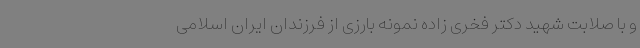
و با صلابت شهید دکتر فخری زاده نمونه بارزی از فرزندان ایران اسلامی